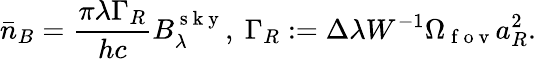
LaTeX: \bar{n}_{B}=\frac{\pi\lambda\Gamma_{R}}{hc}B_{\lambda}^{\mathrm{~s~k~y~}},~\Gamma_{R}:=\Delta\lambda W^{-1}\Omega_{\mathrm{~f~o~v~}}a_{R}^{2}.